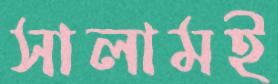
সালামই